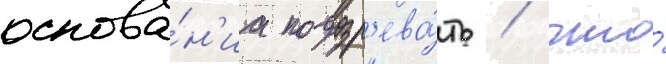
основа́н'иа подозр'ева́ть / что́